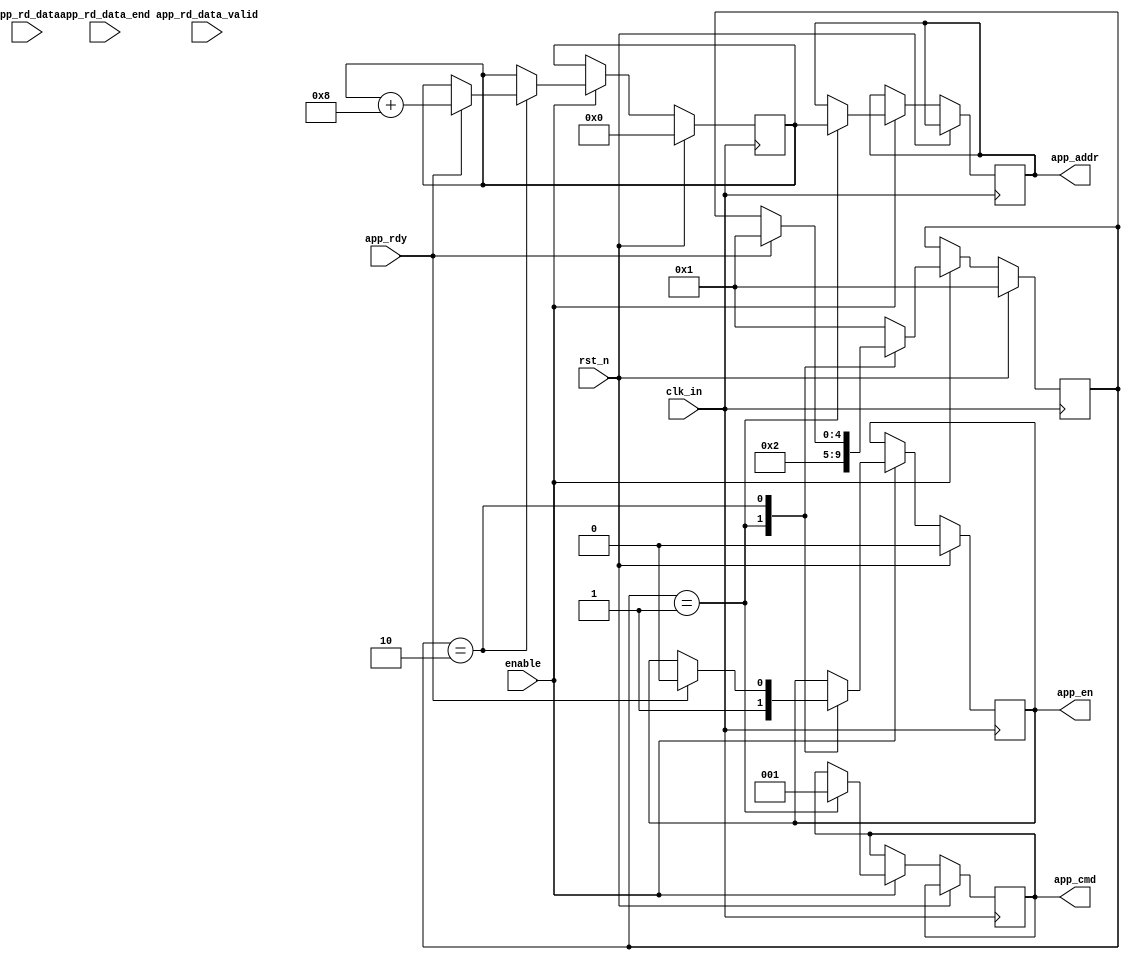
`timescale 1ns / 1ps
//////////////////////////////////////////////////////////////////////////////////
// Company: 
// Engineer: 
// 
// Design Name: 
// Module Name: ddr2_read_control
// Project Name: 
// Target Devices: 
// Tool Versions: 
// Description: 
// 
// Dependencies: 
// 
// Revision:
// Revision 0.01 - File Created
// Additional Comments:
// 
//////////////////////////////////////////////////////////////////////////////////


module ddr2_read_control(
    clk_in,
    rst_n,
    enable,
    //ddr2_signal
    app_en,
    app_cmd,
    app_addr,
    app_rd_data,
    app_rdy,
    app_rd_data_end,
    app_rd_data_valid
    );

    input clk_in;
    input rst_n;
    input enable;
    output reg app_en;
    output reg [2:0] app_cmd;
    output reg [26:0] app_addr;
    input [127:0] app_rd_data;
    input app_rdy;
    input app_rd_data_end;
    input app_rd_data_valid;

    reg [26:0] app_addr_tmp;

    //FSM
    reg [4:0] cstate;
    
    localparam IDLE = 5'b0_0001;
    localparam READ = 5'b0_0010;
    localparam WAIT = 5'b0_0100;
    localparam ADDR_ACCUMULATE = 5'b0_1000;
    localparam WAIT_FOR_CONFIG = 5'b1_0000;

    always @(posedge clk_in)
    begin
        if(rst_n) begin
            app_en <= 0;
            app_addr_tmp <= 27'h0;
            cstate <= IDLE;
        end
        else if(enable) begin
            case(cstate)
            IDLE:begin
                app_en <= 1;
                app_addr <= app_addr_tmp;
                app_cmd <= 3'b001;
                cstate <= READ;
            end
            READ:begin
                if(app_rdy) begin
                    app_en <= 1'b0;
                    app_addr_tmp <= app_addr_tmp + 27'h8;
                    cstate <= IDLE;
                end
            end
            default:cstate <= IDLE;
            endcase
        end  
    end

endmodule